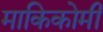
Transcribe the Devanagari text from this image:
माकिकोमी